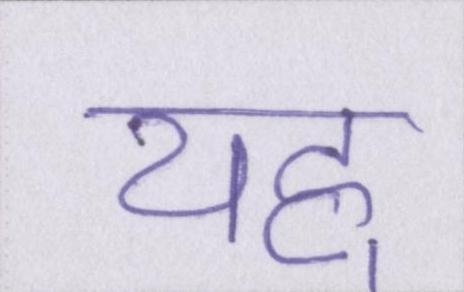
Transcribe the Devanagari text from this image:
यह्